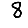
Digit: 8